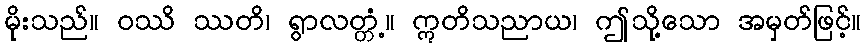
မိုးသည်။ ဝဿိ ဿတိ၊ ရွာလတ္တံ့။ ဣတိသညာယ၊ ဤသို့သော အမှတ်ဖြင့်။